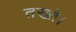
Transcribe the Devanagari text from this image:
तख्ते।